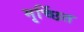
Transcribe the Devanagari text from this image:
मृर्च्छित